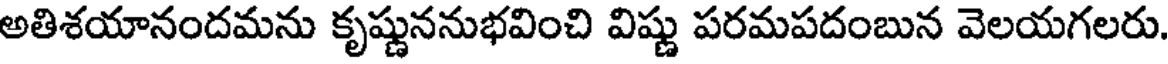
అతిశయానందమను కృష్ణుననుభవించి విష్ణు పరమపదంబున వెలయగలరు